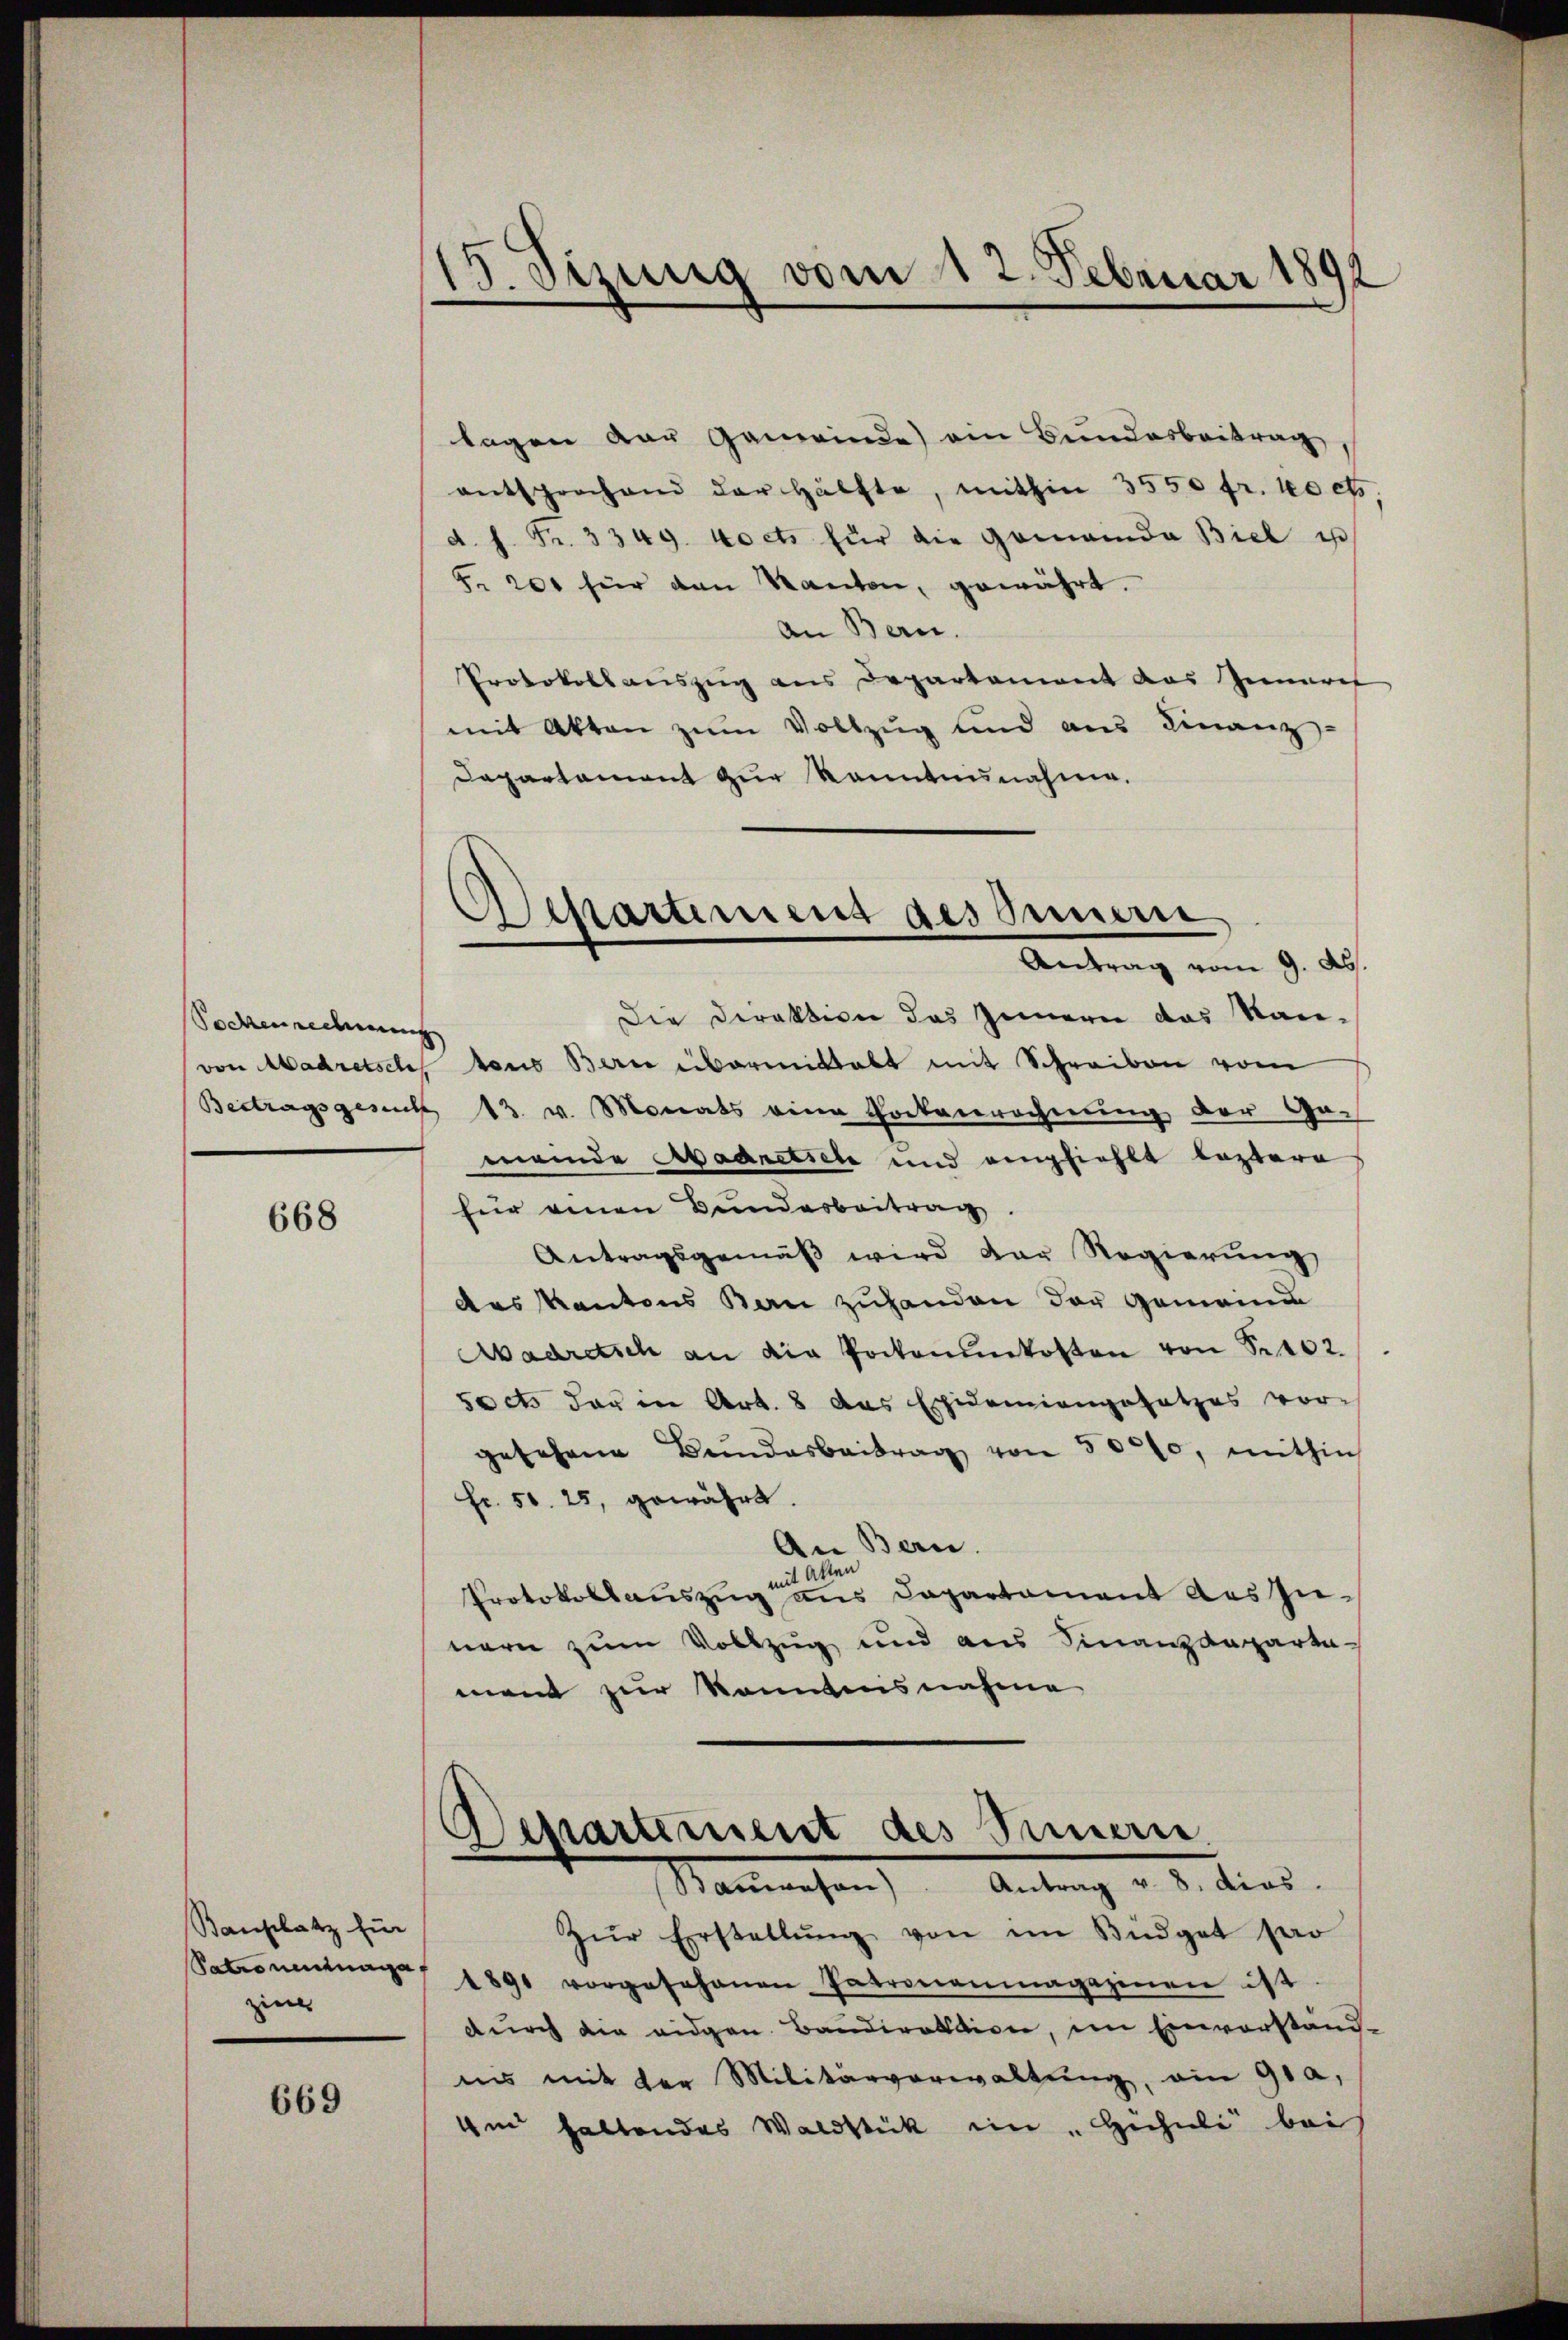
Sockenrechnung

668

Bauplatz für
Satroninage
zin

669

Stzung vom 12. Februar 1891
.

lagen der Gemeinde) ein Bundesbeitrag
entsprochend der Hälfte, mithin 3550 fr. 10 cts,
d. h. Pr. 3349. Poets für die Gemeinda Biel u
§. 200 für den Kanton, gewährt.
An Bern.
Protokollauszug aus Departement das Innere
mit Akten zum Vollzug und aus Finanz-
Departament zur Kenntnisnahme.
Die Direktion das Innern das Kanvon Madretsch aus Bern übermittalt mit Schreiben vom
Beitragsgesuch 13. v. Monats eine Lockenrechnung der Ge-
meinde Abaaretsele und empfiehlt leztere
für einen Bundesbeitrag.
Antragsgemäβ wird der Regierŭng
des Kantons Bau zuhanden der Gemeine
Aadretsch an die Pockenŭnkosten von S. 102.
sects der in Art. 8 das Epidemiengesetzes vorgesehene Bundesbeitrag von 50000, mithin
Fr. 50. 25, gewährt.
An Bern.
mit Akten
Protokollauszug aus Dapartement auszu-
nern zum Vollzug und aus Finanzdeparta
ment zur Kenntnisnahme
Departement des Innern.
Stammenhan) Antrag v. 3. dies
Zŭr Erstellŭng von im Büdget per
1891 vorgesehenen Patronenmagazinen ist
durch die eidgen. Bandirektion, im Einverständ-
ins mit der Militärverwaltung, ain 91,
4m haltendes Waldstück im „Hihuli bei

Separtiment des Innern
Antrag vom 9. Abs.